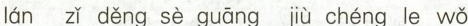
lán zǐ děng sè guāng jiù chéng le wǒ 蓝、紫等色光，就成了我